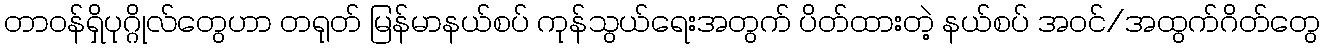
တာဝန်ရှိပုဂ္ဂိုလ်တွေဟာ တရုတ် မြန်မာနယ်စပ် ကုန်သွယ်ရေးအတွက် ပိတ်ထားတဲ့ နယ်စပ် အဝင်/အထွက်ဂိတ်တွေ